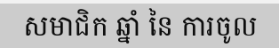
សមាជិក ឆ្នាំ នៃ ការចូល